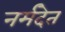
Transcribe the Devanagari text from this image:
नर्मदेत